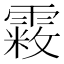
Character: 𩄧